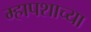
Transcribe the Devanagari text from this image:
म्हापशाच्या